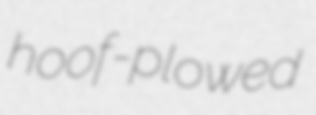
hoof-plowed